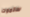
ستموت